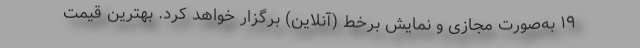
۱۹ به‌صورت مجازی و نمایش برخط (آنلاین) برگزار خواهد کرد. بهترین قیمت